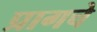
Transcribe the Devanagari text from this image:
प्रागचे